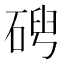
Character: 𥓦